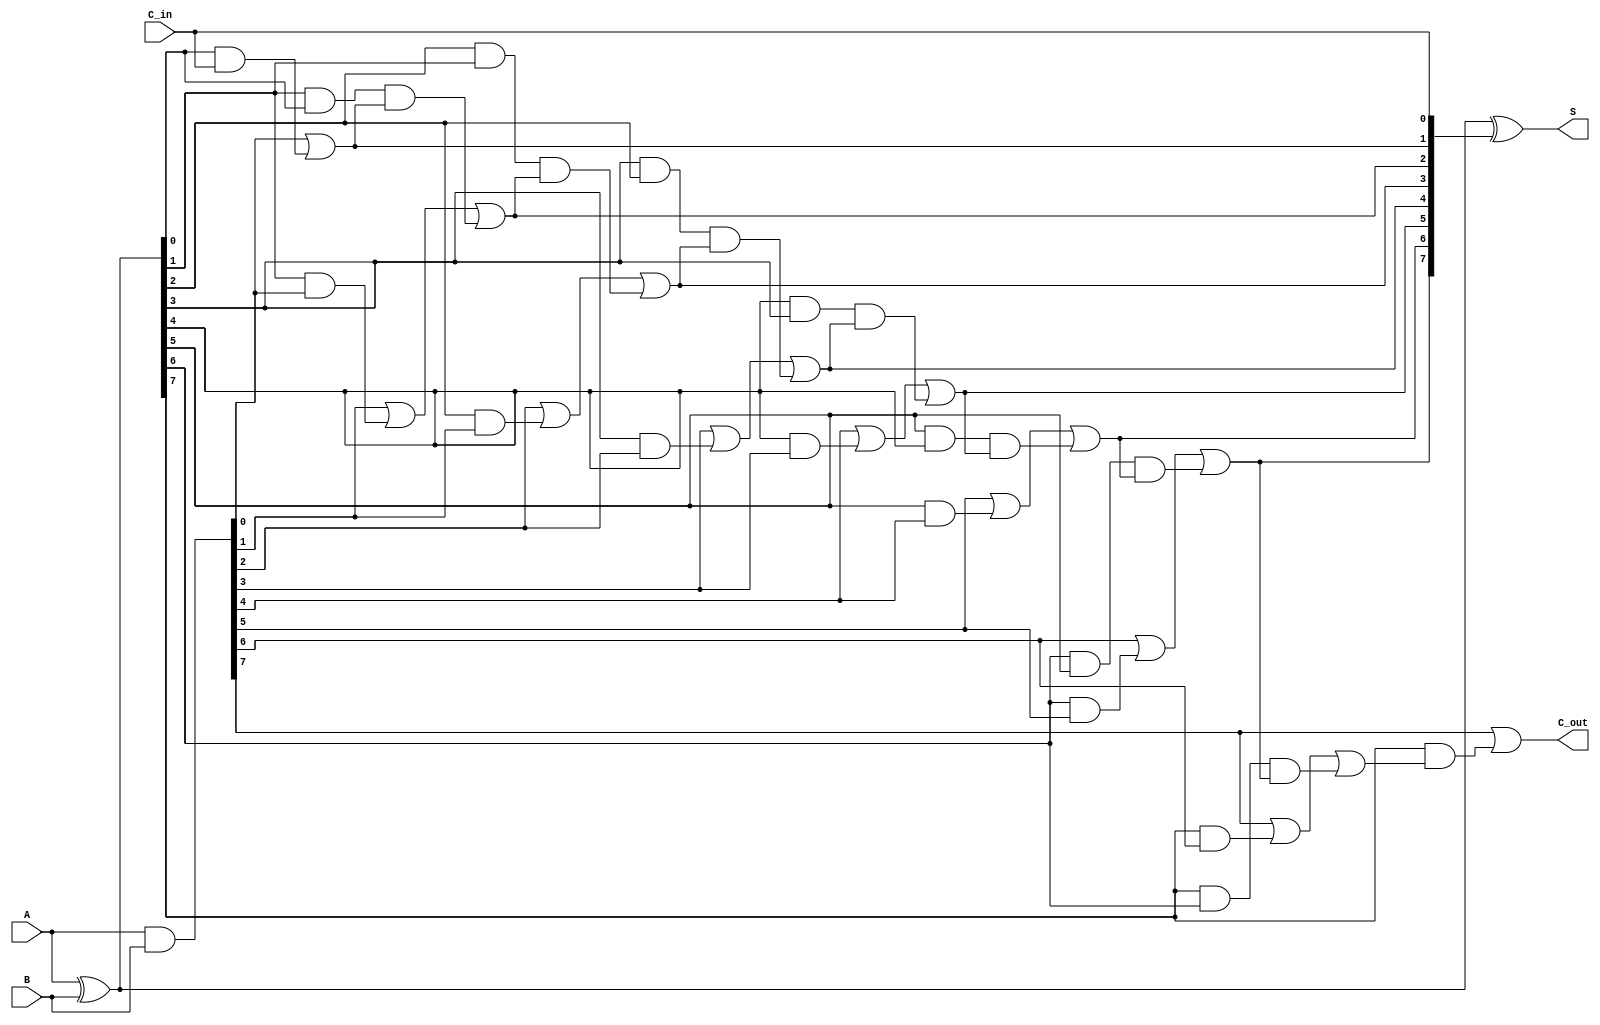
module sklansky_adder #(
    parameter N = 8  // Width of the binary numbers
)(
    input  [N-1:0] A,        // First input
    input  [N-1:0] B,        // Second input
    input        C_in,       // Carry-in
    output [N-1:0] S,        // Sum output
    output       C_out       // Carry-out
);

    // Intermediate signals for propagate and generate
    wire [N-1:0] P; // Propagate
    wire [N-1:0] G; // Generate
    wire [N:0] C;    // Carry signals

    // Generate propagate and generate signals
    assign P = A ^ B; // P[i] = A[i] XOR B[i]
    assign G = A & B; // G[i] = A[i] AND B[i]

    // Carry signal calculations
    assign C[0] = C_in; // C[0] is the carry-in

    genvar i;
    generate
        for (i = 0; i < N; i = i + 1) begin : carry_calc
            if (i == 0) begin
                assign C[i + 1] = G[i] | (P[i] & C[i]); // C[1]
            end else if (i == 1) begin
                assign C[i + 1] = G[i] | (P[i] & G[i - 1]) | (P[i] & P[i - 1] & C[i]); // C[2]
            end else begin
                assign C[i + 1] = G[i] | (P[i] & G[i - 1]) | (P[i] & P[i - 1] & C[i]); // General formula
            end
        end
    endgenerate

    // Sum calculation
    assign S = P ^ C[N-1:0]; // S[i] = P[i] XOR C[i]

    // Final carry-out
    assign C_out = G[N-1] | (P[N-1] & C[N]);

endmodule